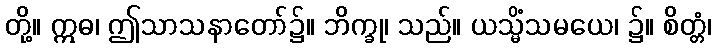
တို့။ ဣဓ၊ ဤသာသနာတော်၌။ ဘိက္ခု၊ သည်။ ယသ္မိံသမယေ၊ ၌။ စိတ္တံ၊